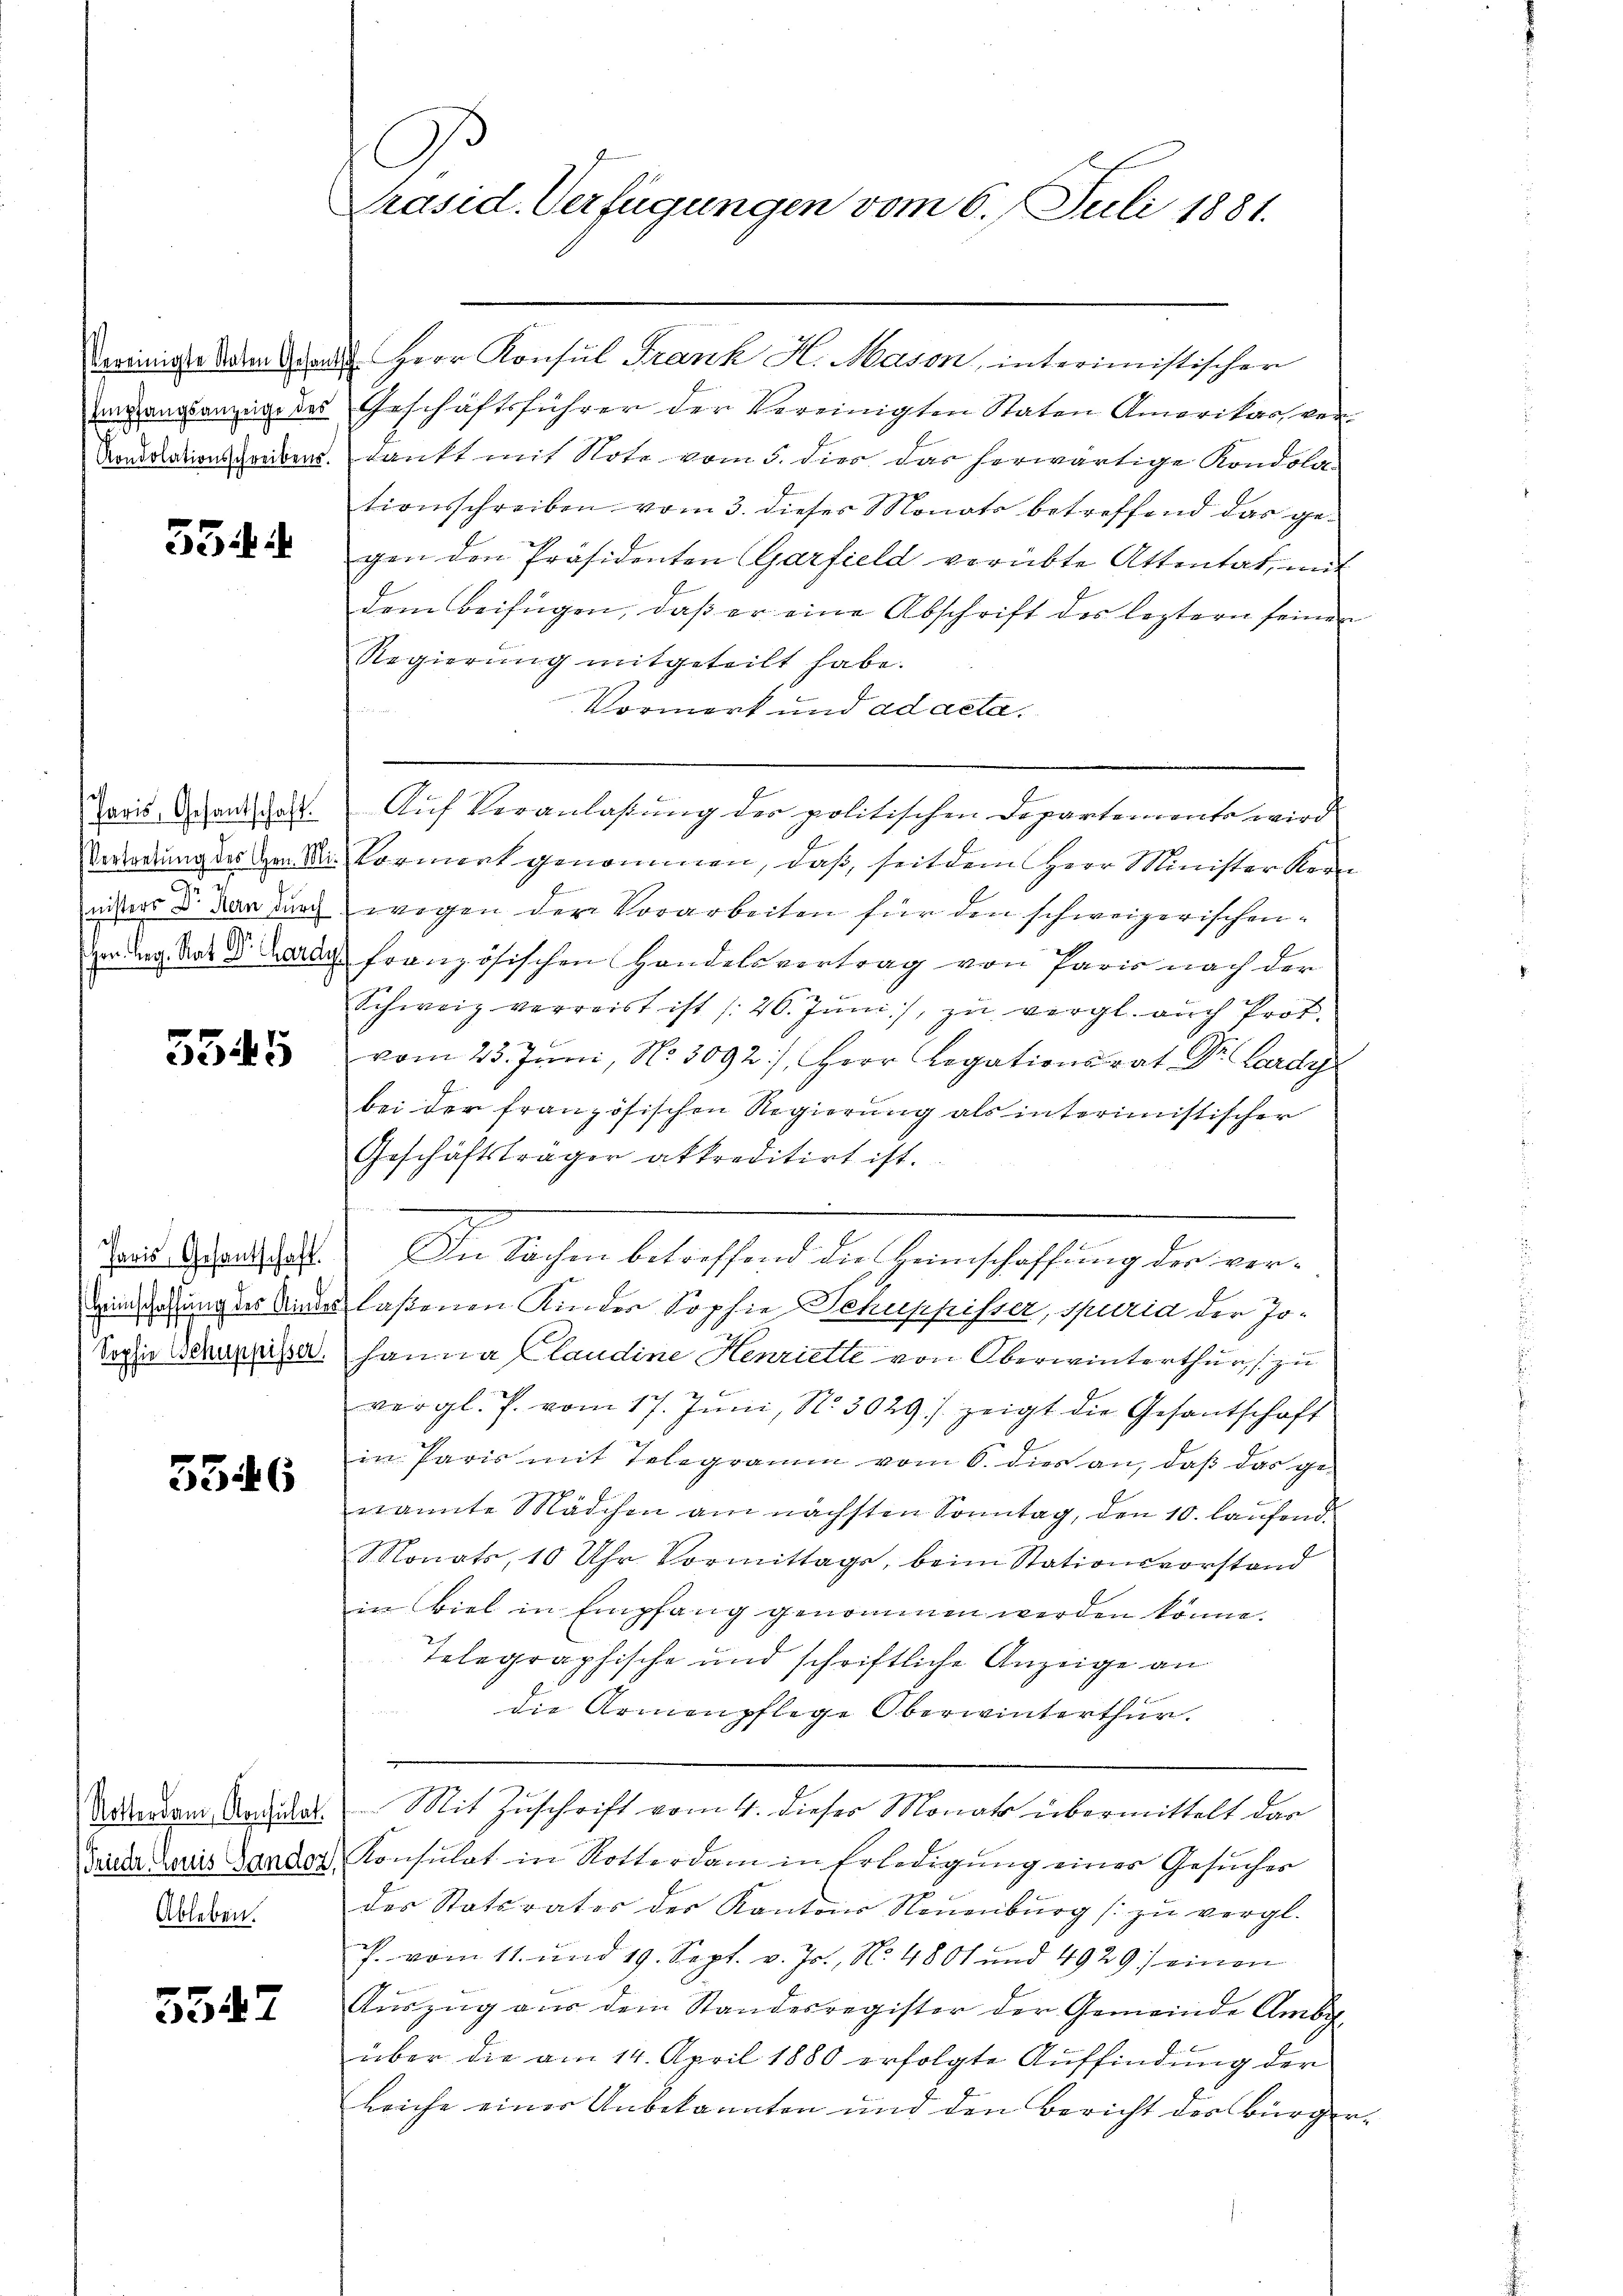
534

Paris, Gesantschaft.
9.

5345

Paris, Gesantschaft.
Sophie Schuppisser

3546

Notterdam, Konsulat
Ableben.

3547

G
Präsid. Verfügungen vom 6. Juli 1881.

ereinige dem den Herr Konsul Frank H. Mason, interimistischer
Umgangsanzeige des Geschäftsführer der Vereinigten Staten Amerikar ver¬
Rondolationsschreiben. Dankt mit Note vom 5. dies das herwärtige Kondola-
tionsschreiben vom 3. dieser Monats betreffend das ge-
gen den Präsidenten (Garfield verübte Attentat, mit
dem Beifügen, daβ er eine Abschrift des leztern seinen
Regierŭng mitgeteilt habe.
Vormerk und ad acta.
Auf Veranlaßung der politischen Departements wird
Verordnung des de die Vormirt genommen, daß, seit dem Herr Minister Korn
iners d. 300 durch wegen der Vorarbeiten für den schweizerischenzen Tag. Rat Dr. Lardy französischen Handelsvertrag von Paris nach der
Schweiz verreist ist (20. Jŭni), zŭ vergl. auch Prof.
vom 23. Juni, No. 5092), Herr Legationsrat Dr. Lardy
bei der französischen Regierung als interimistischer
Geschäftsträger akkreditirt ist.
In Sachen betreffend die Heimschaffung der verin Gesung des Ander laßenen Kinder Sophie Schuppisser, spuria der Jo-
hanna Plaudine Henriette von Oberwinterthur zu
vergl. P. vom 17. Jŭni, No. 3029./ zeigt die Gesantschaft
in Paris mit Telegramm vom 6. dies an, daß das genannte Mädchen am nächsten Sonntag, den 10. laufend.
Monats, 10 Uhr Vormittags, beim Stationsvorstand
in viel in Empfang genommen werden könne.
Telegraphische und schriftliche Anzeige an
die Armenpflege Oberwinterthur.
Mit Zuschrift vom 4. dieses Monats übermittelt das
Teude Louis Lander Konsulat in Rotterdam in Erledigung eines Gesuches
des Stats vater des Kantons Neuenburg zŭ vergl.
P. vom 11. und 19. Sept. v. Js., No. 4801 und 4929) einen
Aŭszŭg aŭs dem Standesregister der Gemeinde Ambg,
über die am 14. April 1880 erfolgte Auffindung der
leiche einer Anbekannten und den Bericht des Bürger¬